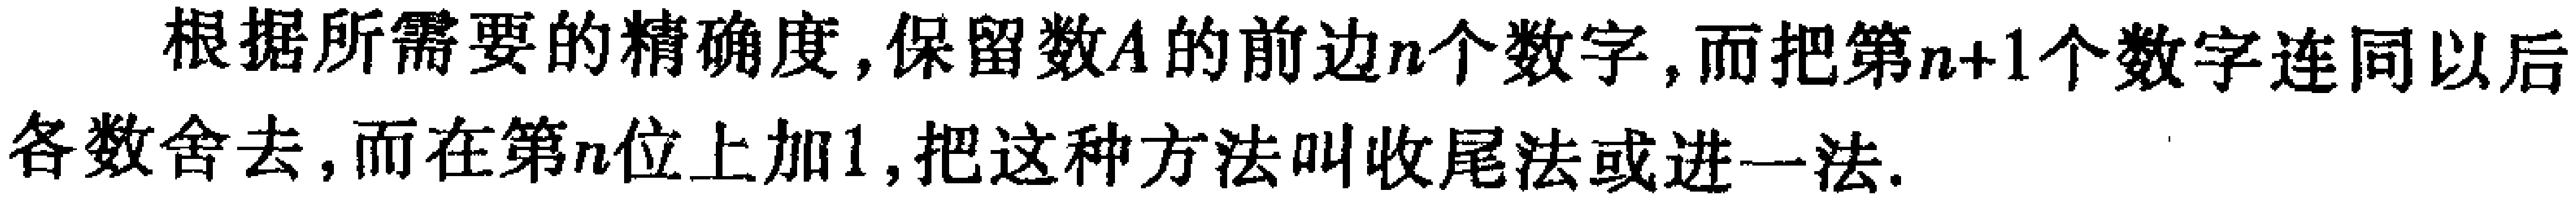
根据所需要的精确度,保留数\(A\)的前边\(n\)个数字,而把第\(n + 1\)个数字连同以后各数舍去,而在第\(n\)位上加\(1\),把这种方法叫收尾法或进一法.